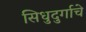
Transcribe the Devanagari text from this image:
सिधुदुर्गाचे